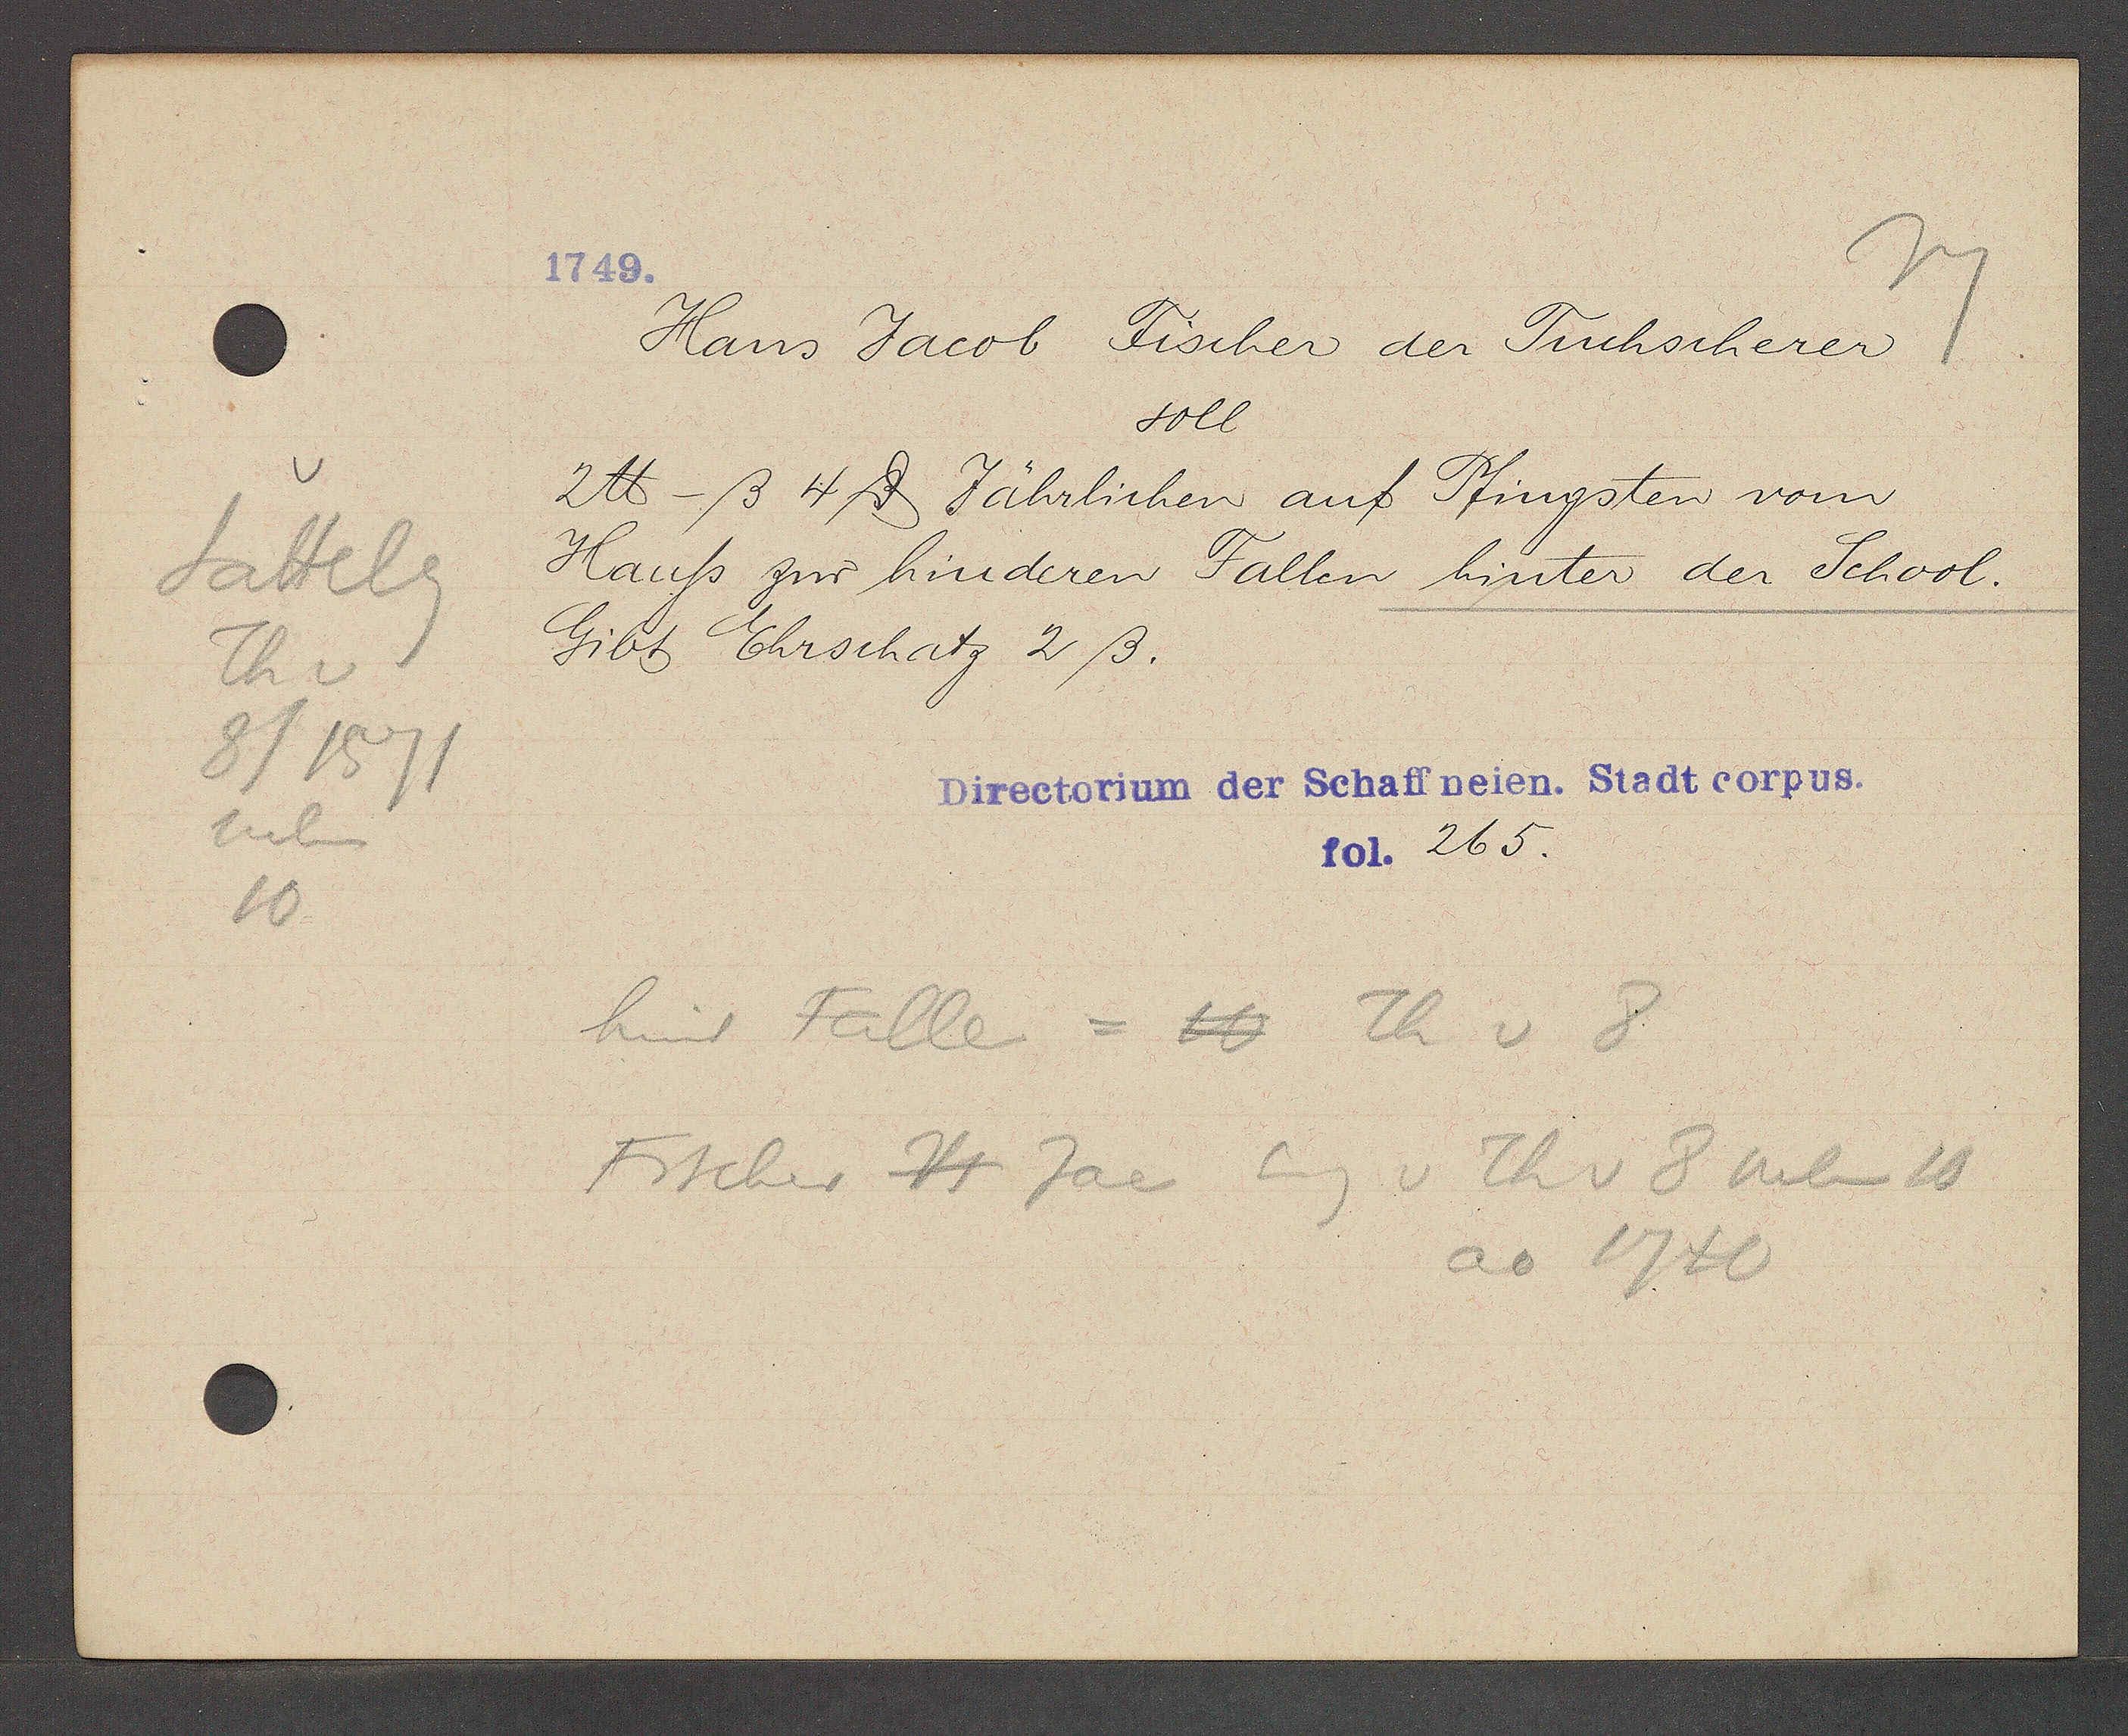
Transcript:
Sattelg
Th v
8/1571
neben
10

1749.

Hans Jacob Fischer der Tuchscherer
soll
2℔ -ß 4 ȡ Jährlichen auf Pfingsten vom
Hauss zur hinderen Fallen hinter der School.
Gibt Ehrschatz 2 ß.

Directorium der Schaffneien. Stadt corpus.
fol. 265.

hint Falle = 10 Th v 8
Fischer Hs Jac
Eig v Th v 8 neben 10
ao 1740